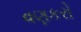
વણકરો